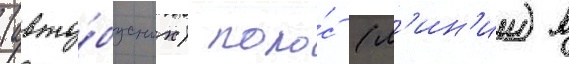
(авто́бусных) поло́с (л'ин'ии) в